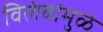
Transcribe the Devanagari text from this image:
विलंबांमुळे